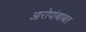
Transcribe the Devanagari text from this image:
आरोपांबाबत